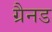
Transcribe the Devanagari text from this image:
ग्रैनड